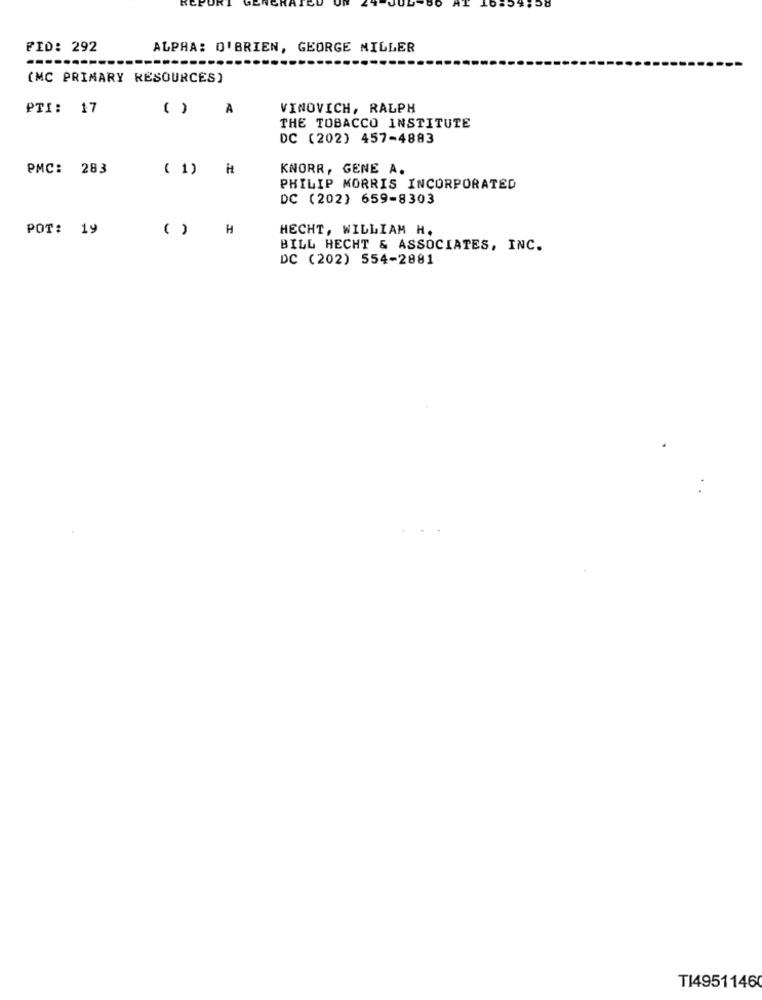
ac:
FID: 292
ALPHA: O'BRIEN, GEORGE MILLER
(MC PRIMARY RESOURCES)
PTI: 17
( )
À
VINOVICH, RALPH
THE TOBACCO INSTITUTE
DC (202) 457-4883
PMC: 283
( 1) H
KNORR, GENE A.
PHILIP MORRIS INCORPORATED
DC (202) 659-8303
POT: 19
( ) H
HECHT, WILLIAM H.
BILL HECHT & ASSOCIATES, INC.
DC (202) 554-2881
T14951146